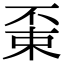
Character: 𠁃